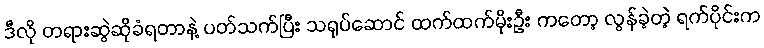
ဒီလို တရားဆွဲဆိုခံရတာနဲ့ ပတ်သက်ပြီး သရုပ်ဆောင် ထက်ထက်မိုးဦး ကတော့ လွန်ခဲ့တဲ့ ရက်ပိုင်းက